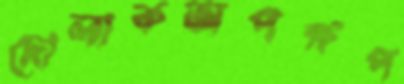
দোলাকঅপক্ষপ